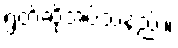
ရွတ်ဆိုအပ်သနည်း။